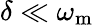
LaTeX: \delta\ll\omega_{\mathrm{m}}